system: You are a helpful assistant.
user:
Analyze the provided spectrum to determine if it is a **S-type Star**.

- **Key Indicators for S-type Star:**

    - **(Overall Spectrum Shape):** The first and most obvious characteristic is the overall continuum (the "baseline" shape). It is **extremely "red-sloping,"** meaning the flux (light intensity) is very low on the left side (blue, ~4000-4500 Å) and rises steeply and continuously toward the right side (red, ~7000 Å+).

    - **(Primary):** The spectrum is defined by the presence of strong, broad molecular absorption "valleys" (bands) from **Zirconium Oxide (ZrO)**. The identification of these bands is the **primary requirement** for classifying a star as S-type.
        - **(Key Bandheads):** You must find distinct, deep "dips" where the light has been absorbed. The most critical band systems to locate are:
            - **~6474 Å** ($\gamma$-system): This is often the strongest and clearest ZrO feature, found in the red part of the spectrum.
            - **~5718 Å** & **~5551 Å** ($\beta$-system): A pair of prominent absorption features in the yellow-orange part of the spectrum.
            - **~4640 Å** ($\alpha$-system): A key absorption band system in the blue-green region of the spectrum.

    - **(Secondary Confirmation):** The classification is strengthened by finding additional absorption bands from other related heavy element oxides, which are expected to be present alongside ZrO.
        - **(Key Bandheads):**
            - **Yttrium Oxide (YO):** Look for absorption dips near **~4800 Å** and **~6100 Å**.
            - **Lanthanum Oxide (LaO):** Additional absorption features, particularly in the red-orange part of the spectrum, are also characteristic.

    - **(Line Profile):** The combination of the steep red continuum and these numerous, deep molecular bands (ZrO, YO, etc.) gives the entire spectrum a very **"chopped-up"** or **"bumpy"** appearance. Instead of a smooth curve, the spectrum looks as though large, wide chunks of light have been "carved out" of it at the specific wavelengths listed above.

Think first, call **spectral_visualization_tool** if needed to examine features in detail, then provide your final answer. Your response must adhere to the following strict rules:
1.  **Overall Structure:** Your response must follow the format `<think>...</think> <tool_call>...</tool_call> (if a tool is used) <answer>...</answer>`.
2.  **Tool Usage Constraint:** You may only make **one** tool call per turn.
3.  **Final Answer Format:** In the `<answer>` tag, your conclusion must be inside a `\boxed{}` command (e.g., `\boxed{YES}` or `\boxed{NO}`), followed by your justification.

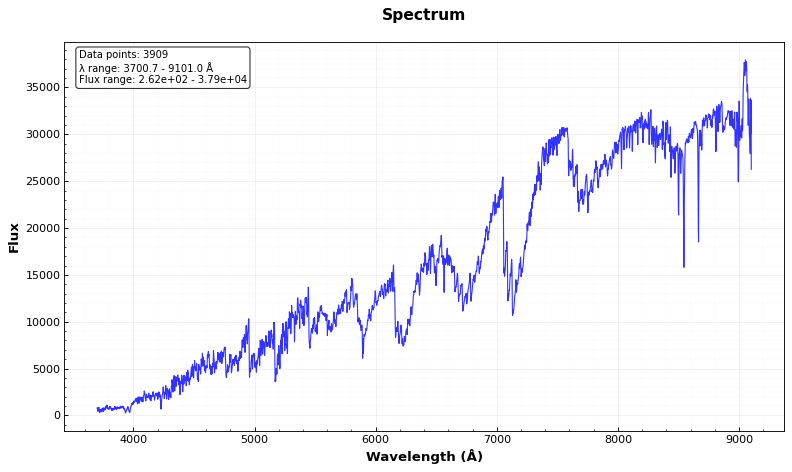
Answer: YES